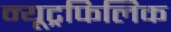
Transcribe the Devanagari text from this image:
न्यूट्रफिलिक